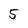
Character: 5